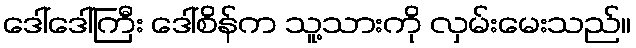
ဒေါ်ဒေါ်ကြီး ဒေါ်စိန်က သူ့သားကို လှမ်းမေးသည်။